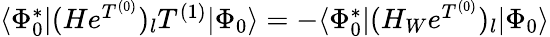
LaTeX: \begin{array}{r}{\langle\Phi_{0}^{*}|(He^{T^{(0)}})_{l}T^{(1)}|\Phi_{0}\rangle=-\langle\Phi_{0}^{*}|(H_{W}e^{T^{(0)}})_{l}|\Phi_{0}\rangle}\end{array}